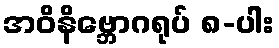
အဝိနိဗ္ဘောဂရုပ် ၈-ပါး